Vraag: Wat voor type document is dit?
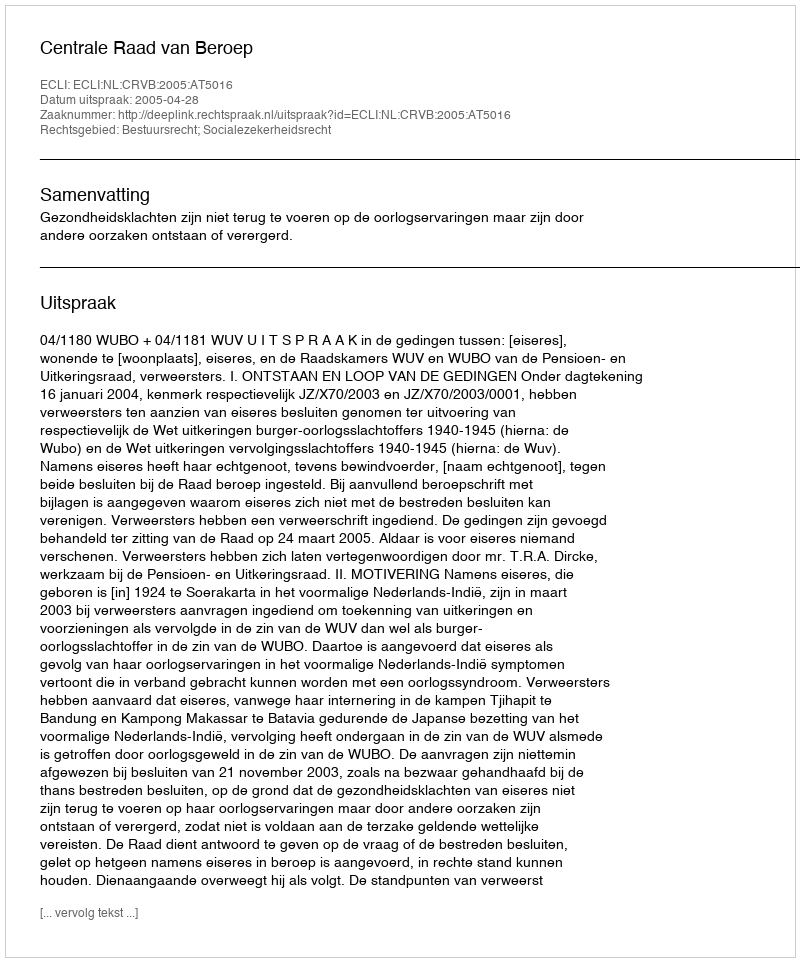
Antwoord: Uitspraak